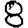
Digit: 8